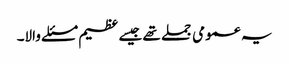
یہ عمومی جملے تھے جیسے عظیم مسئلے والا۔